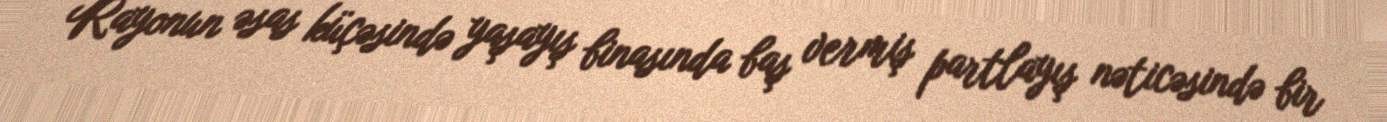
Rayonun əsas küçəsində yaşayış binasında baş vermiş partlayış nəticəsində bir